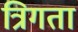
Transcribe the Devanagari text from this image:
त्रिगता